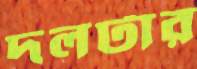
দলটার